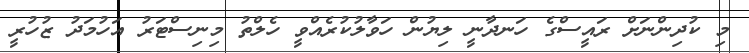
މި ކުދިންނަށް ރައީސްގެ ހަނދާނީ ލިޔުން ހަވާލުކުރެއްވީ ހެލްތު މިނިސްޓަރު އަހުމަދު ޒުހުރީ